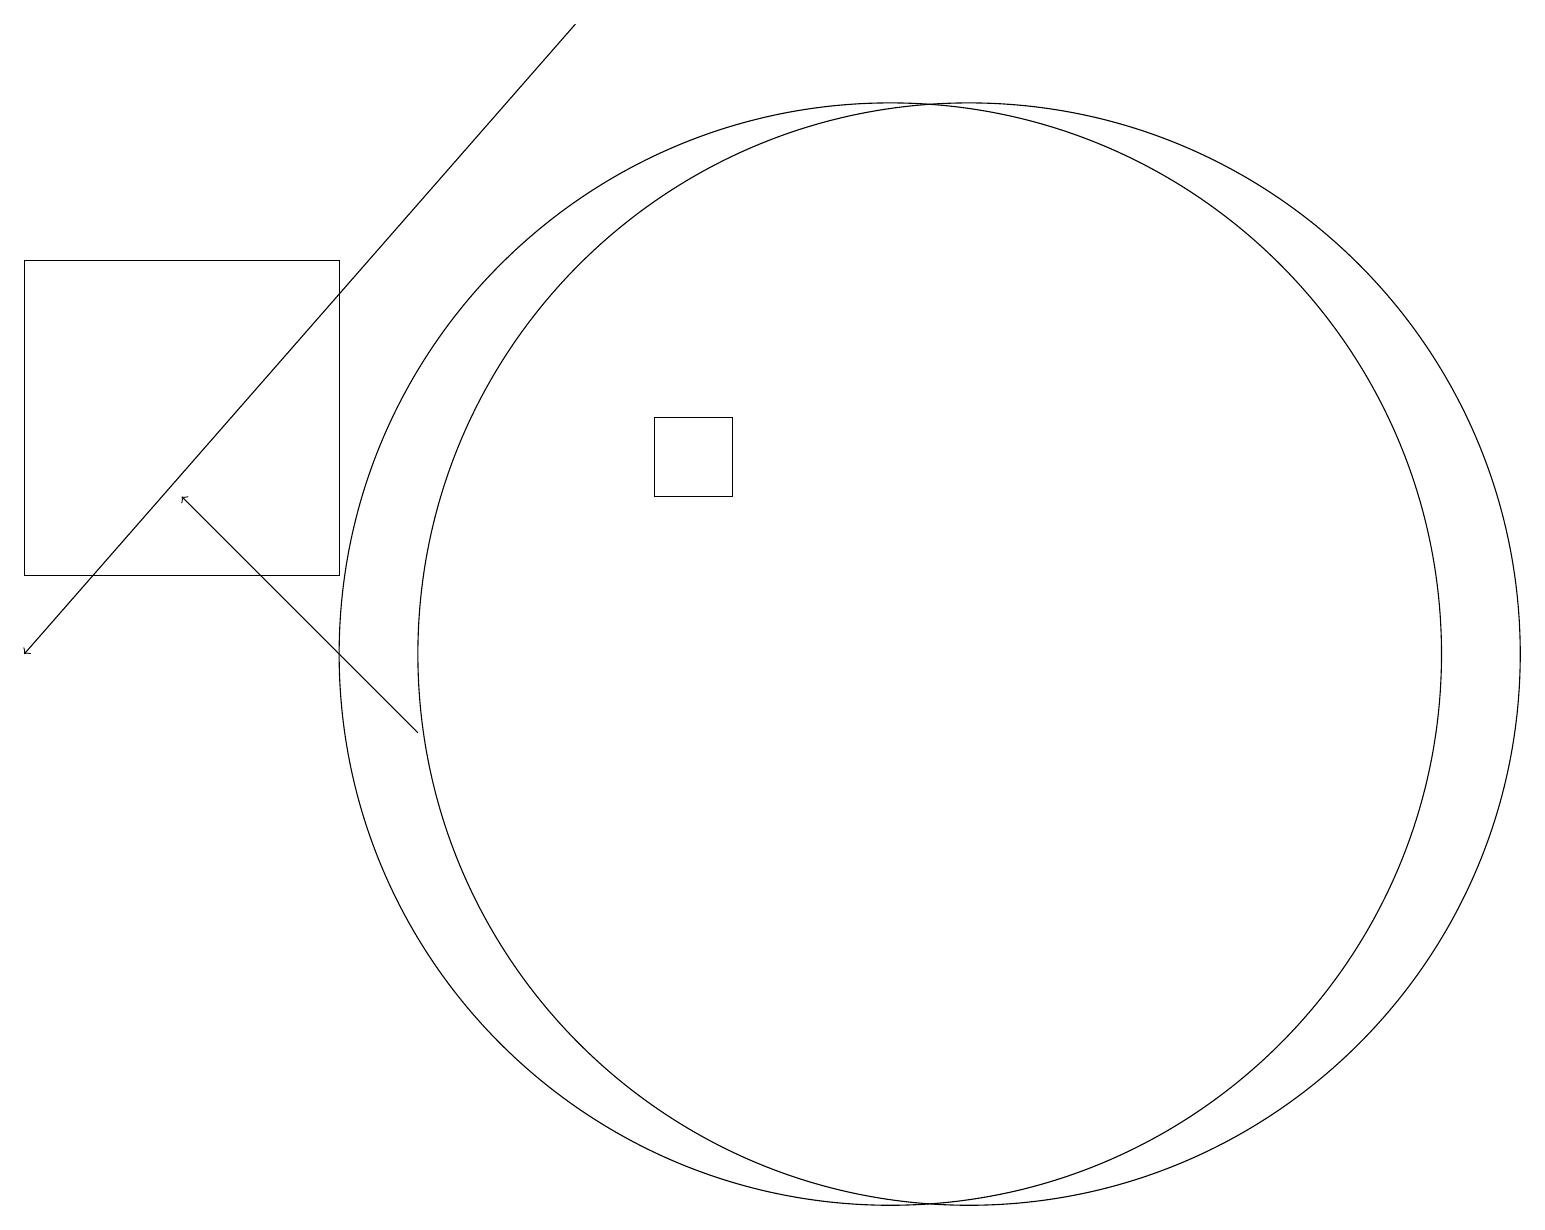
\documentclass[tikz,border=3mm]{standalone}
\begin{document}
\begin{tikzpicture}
\draw[->] (7,19) -- (0,11);
\draw (12,11) circle (7);
\draw[->] (5,10) -- (2,13);
\draw (4,12) rectangle (0,16);
\draw (9,14) rectangle (8,13);
\draw (11,11) circle (7);
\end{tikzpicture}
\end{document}